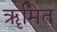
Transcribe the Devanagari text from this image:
ॠमित